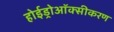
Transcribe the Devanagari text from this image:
होईड्रोऑक्सीकरण